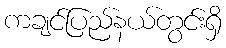
ကချင်ပြည်နယ်တွင်းရှိ